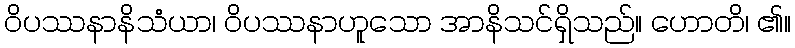
ဝိပဿနာနိသံယာ၊ ဝိပဿနာဟူသော အာနိသင်ရှိသည်။ ဟောတိ၊ ၏။